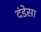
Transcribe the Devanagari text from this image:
दंडेसा